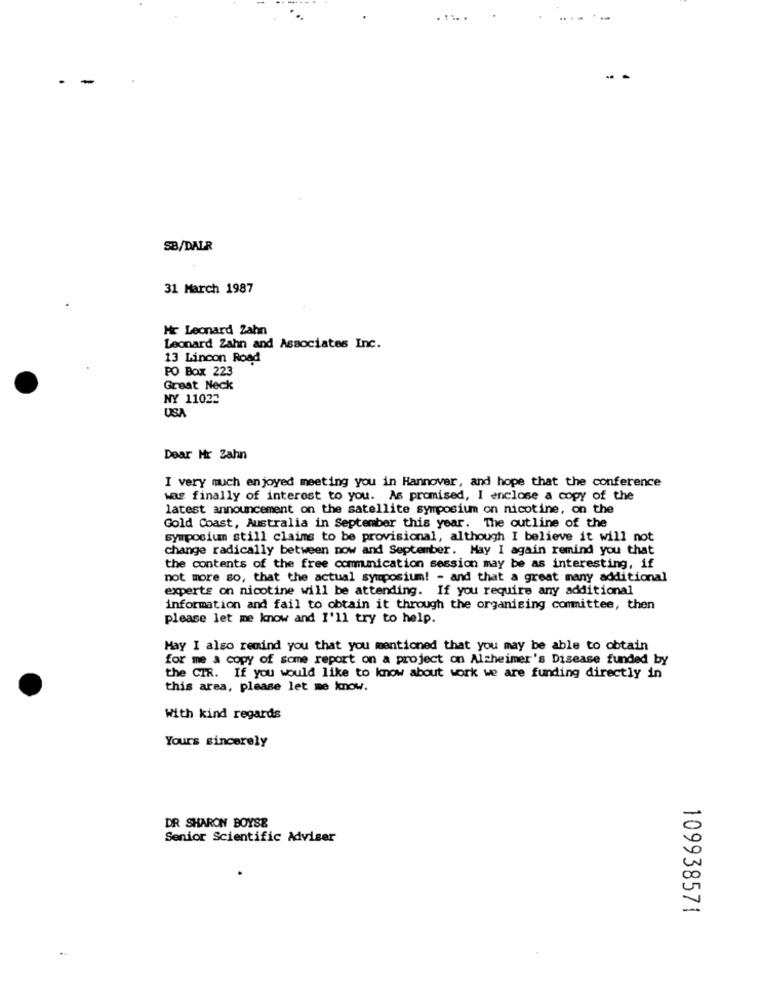
. 1 .. .
-
-
SB/DALR
31 March 1987
Hr Leonard Zahn
Leonard Zahn and Associates Inc.
13 Lincon Road
PO Box 223
Great Neck
NY 11022
USA
Dear Mr Zahn
I very much enjoyed meeting you in Hannover, and hope that the conference
was finally of interest to you. As promised, I enclose a copy of the
latest announcement on the satellite symposium on nicotine, on the
Gold Coast, Australia in September this year. The outline of the
symposium still claims to be provisional, although I believe it will not
change radically between now and September. May I again remind you that
the contents of the free communication session may be as interesting, if
not more so, that the actual symposium! - and that a great many additional
experts on nicotine will be attending. If you require any additional
information and fail to obtain it through the organising committee, then
please let me know and I'll try to help.
Hay I also remind you that you mentioned that you may be able to obtain
for me a copy of some report on a project on Alzheimer's Disease funded by
the CIR. If you would like to know about work we are funding directly in
this area, please let me know.
With kind regards
Yours sincerely
DR SHARON BOYSE
Senior Scientific Adviser
109938571